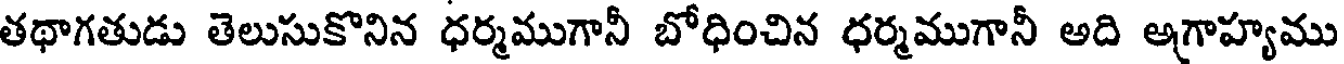
తథాగతుడు తెలుసుకొనిన ధర్మముగానీ బోధించిన ధర్మముగానీ అది అగాహ్యము